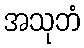
အသုဘံ